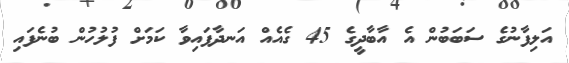
އަލިފާނުގެ ސަބަބުން އެ އާބާދީގެ 45 ގެއެއް އަނދާފައިވާ ކަމަށް ފުލުހުން ބުނެފައި